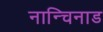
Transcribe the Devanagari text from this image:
नान्चिनाड